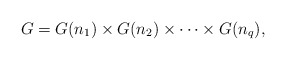
\begin{align*}G = G(n_{1}) \times G(n_{2}) \times \cdots \times G(n_{q}),\end{align*}